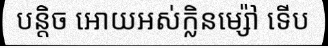
បន្តិច អោយអស់ក្លិនម្ស៉ៅ ទើប